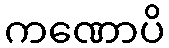
ကဏောပိ